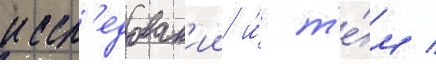
иссл'едован'ии и́ т'е́м /